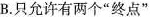
B.只允许有两个”终点”